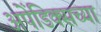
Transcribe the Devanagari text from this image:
अपेंडिक्सच्या